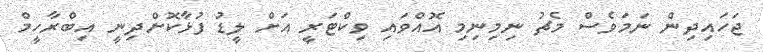
ޖަހައިދިން ނަމަވެސް މެޗު ނިމިނިމި އޮއްވައި ވިކްޓަރީ އަށް ލީޑު ފުޅާކޮށްދިނީ އިބްރާހީމް